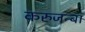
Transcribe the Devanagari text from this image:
करुजन्बा